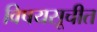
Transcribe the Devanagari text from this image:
विषयसूचीत